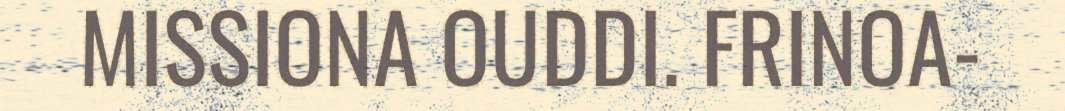
MISSIONA OUDDI. FRINOA-